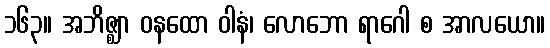
၁၆၃။ အဘိဇ္ဈာ ဝနထော ဝါနံ၊ လောဘော ရာဂေါ စ အာလယော။